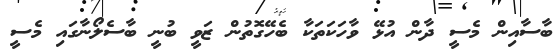
ބާސާއިން މެސީ ދާން އުޅޭ ވާހަކަތަކާ ބެހޭގޮތުން ޒަވީ ބުނީ ބާސެލޯނާގައި މެސީ